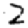
Digit: 2